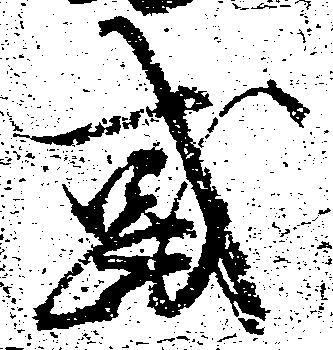
或